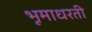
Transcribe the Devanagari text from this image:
भूमाधरती